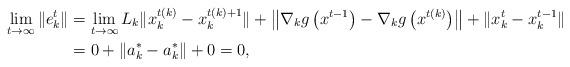
LaTeX: \begin{align*}\lim_{t\to\infty}\|e^t_k\|&=\lim_{t\to\infty}L_k\|x^{t(k)}_k-x^{t(k)+1}_k\|+\left\|\nabla_kg\left(x^{t-1}\right)-\nabla_kg\left(x^{t(k)}\right)\right\|+\|x^{t}_k-x_k^{t-1}\|\\&=0+\|a_k^*-a_k^*\|+0=0,\end{align*}